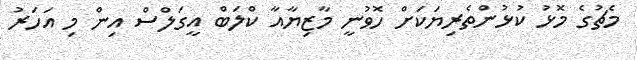
މެޗުގެ މޮޅު ކުޅުންތެރިޔަކަށް ހޮވުނީ މާޒިޔާއާ ކްލަބް އީގަލްސް އިން މި އަހަރު